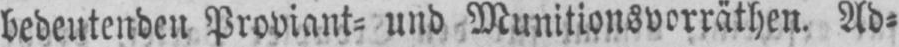
bedeutenden Proviant⸗ und Munitionsvorräthen. Ad⸗